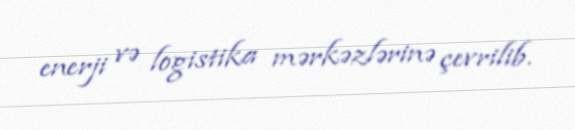
enerji və logistika mərkəzlərinə çevrilib.